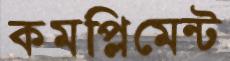
কমপ্লিমেন্ট